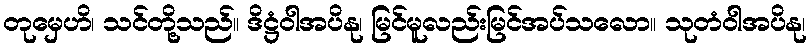
တုမှေဟိ၊ သင်တို့သည်။ ဒိဋ္ဌံဝါအပိနု၊ မြင်မူလည်းမြင်အပ်သလော။ သုတံဝါအပိနု၊